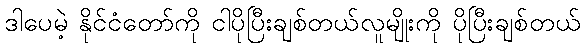
ဒါပေမဲ့ နိုင်ငံတော်ကို ငါပိုပြီးချစ်တယ်လူမျိုးကို ပိုပြီးချစ်တယ်